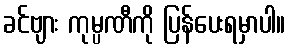
ခင်ဗျား ကုမ္ပဏီကို ပြန်ပေးရမှာပါ။